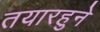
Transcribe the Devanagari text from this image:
तयारहुने